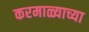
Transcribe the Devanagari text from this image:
करमाळ्याच्या